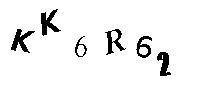
KK6R62